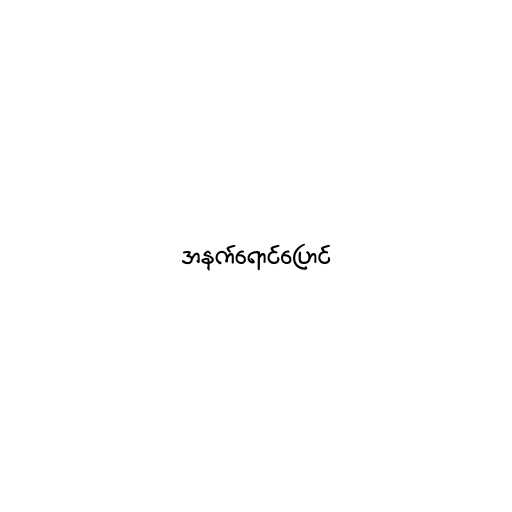
အနက်ရောင်ပြောင်